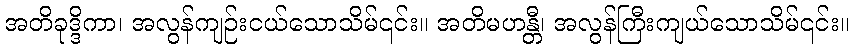
အတိခုဒ္ဒိကာ၊ အလွန်ကျဉ်းငယ်သောသိမ်၎င်း။ အတိမဟန္တီ၊ အလွန်ကြီးကျယ်သောသိမ်၎င်း။